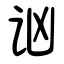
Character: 讻